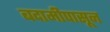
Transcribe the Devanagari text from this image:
बदामीपासून